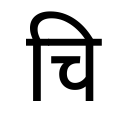
OCR:
चि